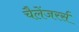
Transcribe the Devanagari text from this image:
चैलेंजरर्स